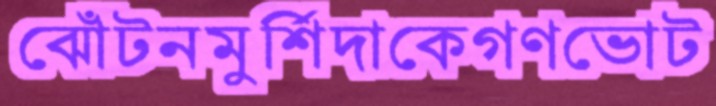
ঝোঁটনমুর্শিদাকেগণভোট